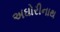
અઘોરીનાથ